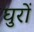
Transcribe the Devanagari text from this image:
घुरों